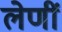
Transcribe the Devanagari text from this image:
लेणीं